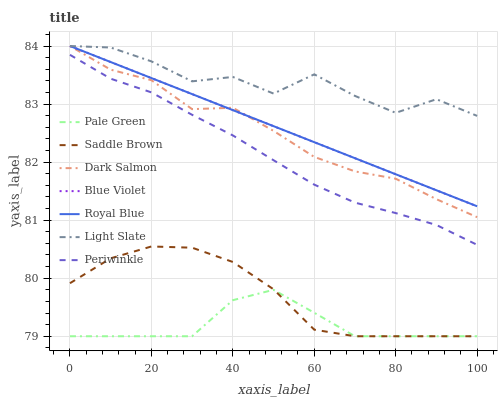
| xaxis_label | Pale Green | Saddle Brown | Dark Salmon | Blue Violet | Royal Blue | Light Slate | Periwinkle |
 | --- | --- | --- | --- | --- | --- | --- | --- |
 | 0 | 79 | 79.9 | 84 | 84 | 84 | 84 | 83.8 |
 | 10 | 79 | 80.3 | 83.6 | 83.7 | 83.7 | 84 | 83.4 |
 | 20 | 79 | 80.5 | 83.4 | 83.4 | 83.4 | 83.7 | 83.2 |
 | 30 | 79 | 80.5 | 82.9 | 83.2 | 83.2 | 83.4 | 82.8 |
 | 40 | 79.6 | 80.3 | 82.9 | 82.9 | 82.9 | 83.5 | 82.5 |
 | 50 | 79.8 | 79.8 | 82.5 | 82.6 | 82.6 | 83.2 | 82 |
 | 60 | 79.4 | 79.1 | 82.1 | 82.3 | 82.3 | 83.5 | 81.6 |
 | 70 | 79 | 79 | 81.8 | 82.1 | 82.1 | 83.1 | 81.3 |
 | 80 | 79 | 79 | 81.7 | 81.8 | 81.8 | 82.8 | 81.1 |
 | 90 | 79 | 79 | 81.4 | 81.5 | 81.5 | 83.1 | 80.9 |
 | 100 | 79 | 79 | 81.1 | 81.2 | 81.2 | 82.8 | 80.6 |